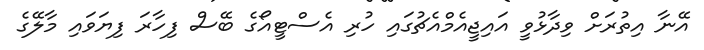
އޭނާ އިތުރަށް ވިދާޅުވީ އައިޖީއެމްއެޗުގައި ހުރި އެސްޓީއޯގެ ބޭސް ފިހާރަ ފިޔަވައި މާލޭގެ